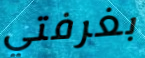
بغرفتي